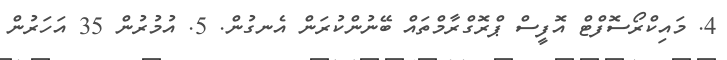
4. މައިކްރޯސޮފްޓް އޮފީސް ޕްރޮގްރާމްތައް ބޭނުންކުރަން އެނގުން. 5. އުމުރުން 35 އަހަރުން